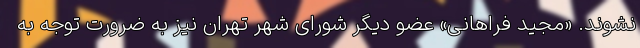
نشوند. «مجید فراهانی» عضو دیگر شورای شهر تهران نیز به ضرورت توجه به